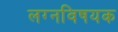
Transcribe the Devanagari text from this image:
लग्नविषयक